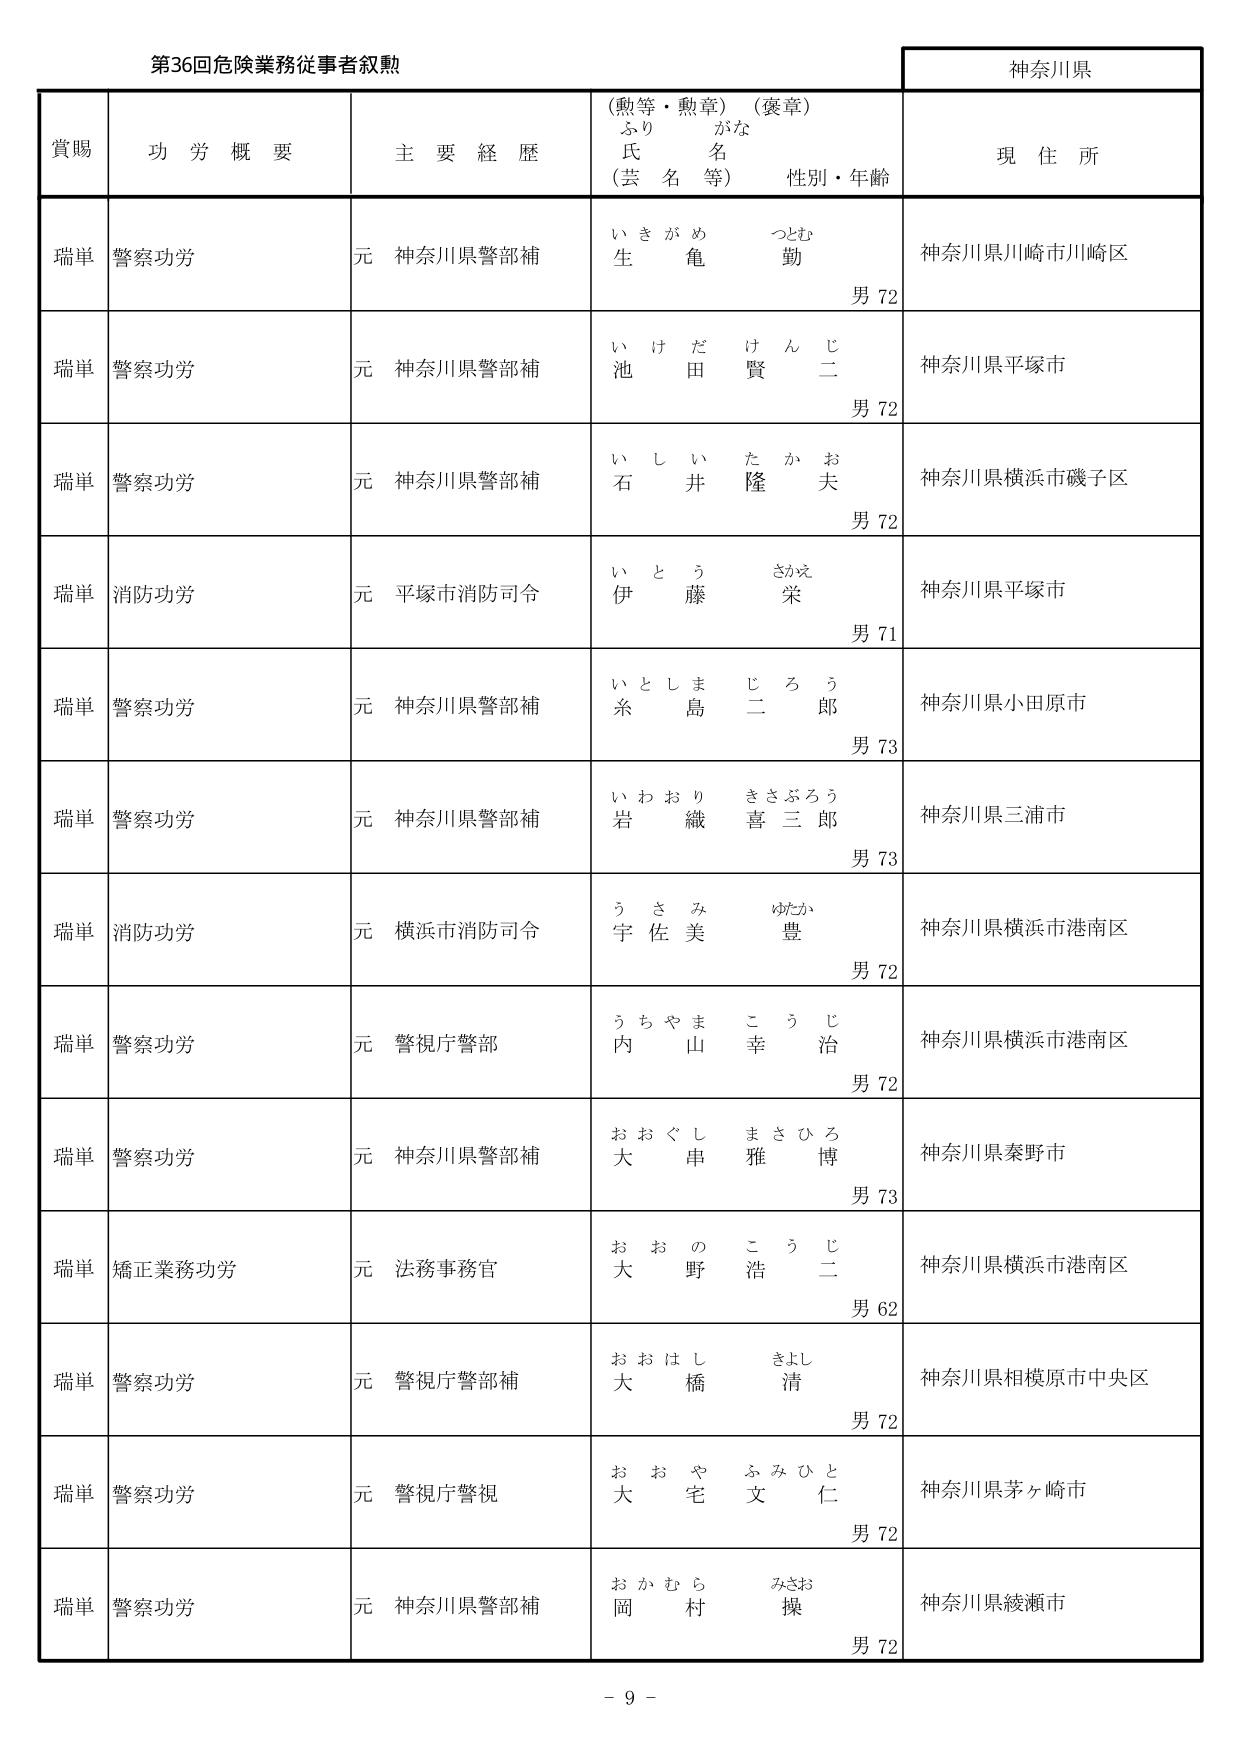
第36回危険業務従事者叙勲

神奈川県

賞賜　　功労概要　　主要経歴　　（勲等・勲章）（褒章）　　現住所
　　　　　　　　　　　ふりがな